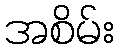
အစိမ်း